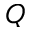
Q